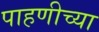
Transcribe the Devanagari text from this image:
पाहणीच्या